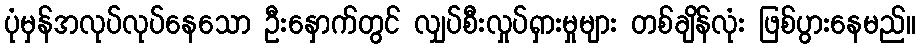
ပုံမှန်အလုပ်လုပ်နေသော ဦးနှောက်တွင် လျှပ်စီးလှုပ်ရှားမှုများ တစ်ချိန်လုံး ဖြစ်ပွားနေမည်။